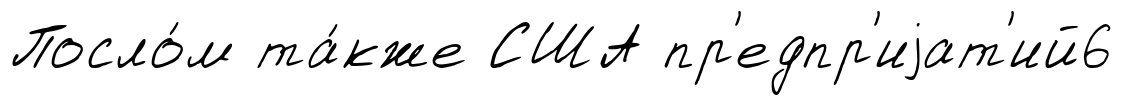
Посло́м та́кже США пр'едпр'иjат'ий6